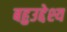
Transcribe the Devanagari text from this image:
बहुउद्देश्य